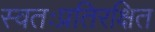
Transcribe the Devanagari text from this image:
स्वतःप्रतिरक्षित